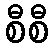
စီစီ